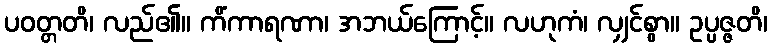
ပဝတ္တတိ၊ လည်၏။ ကိံကာရဏာ၊ အဘယ်ကြောင့်။ လဟုကံ၊ လျှင်စွာ။ ဥပ္ပဇ္ဇတိ၊